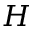
H